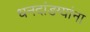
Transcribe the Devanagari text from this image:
धनदांडग्यांना